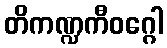
တိကဏ္ဍကီဝဂ္ဂေါ